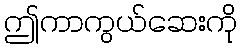
ဤကာကွယ်ဆေးကို